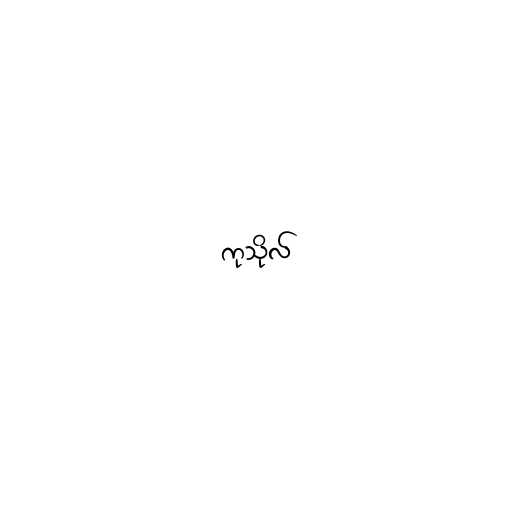
ကုသိုလ်